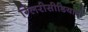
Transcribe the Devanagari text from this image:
ग्लिरीसीडियाची